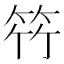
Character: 𮅋